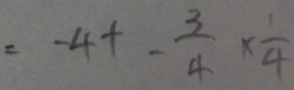
= - 4 + - \frac { 3 } { 4 } \times \frac { 1 } { 4 }